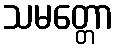
သမတ္တော